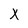
Character: X